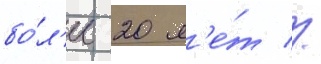
бо́л'ее 20 л'е́т //